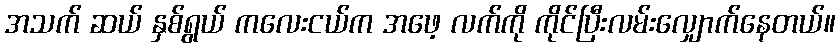
အသက် ဆယ် နှစ်ရွယ် ကလေးငယ်က အဖေ့ လက်ကို ကိုင်ပြီးလမ်းလျှောက်နေတယ်။